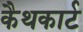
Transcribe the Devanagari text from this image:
कैथकार्ट